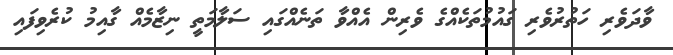
ވާދަވެރި ހަތުރުވެރި ގައުމުތަކެއްގެ ވެރިން އެއްވާ ތަނެއްގައި ސަލާމަތީ ނިޒާމެއް ގާއިމު ކުރެވިފައި